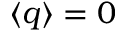
\langle q \rangle = 0